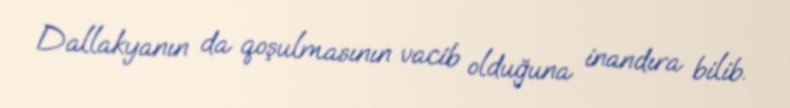
Dallakyanın da qoşulmasının vacib olduğuna inandıra bilib.